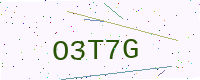
Text: O3T7G